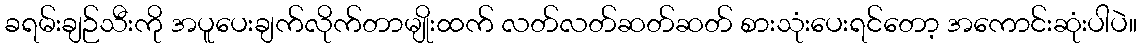
ခရမ်းချဉ်သီးကို အပူပေးချက်လိုက်တာမျိုးထက် လတ်လတ်ဆတ်ဆတ် စားသုံးပေးရင်တော့ အကောင်းဆုံးပါပဲ။